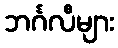
ဘင်္ဂလီများ